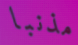
مذنبا